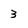
Character: 3